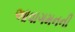
આવાગમનની